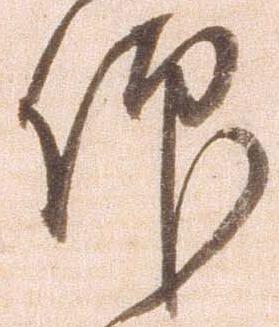
仰